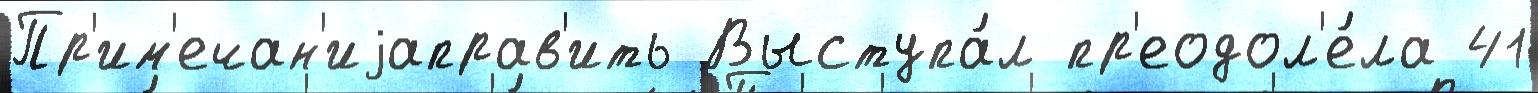
Пр'им'ечан'иjаправ'ить Выступа́л пр'еодол'е́ла 41